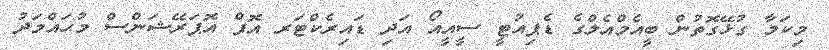
މިކަމާ ގުޅޭގޮތުން ބީއެމްއެލްގެ ޑެޕިއުޓީ ސީއީއޯ އަދި ޑައިރެކްޓަރ އޮފް އޮޕަރޭޝަންސް މުޙައްމަދު